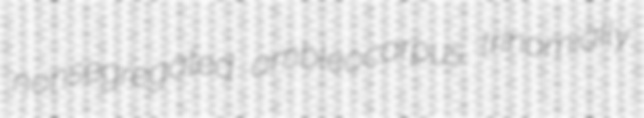
nonsegregated ambleocarpus trinomially